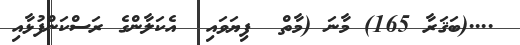
....(ބަޤަރާ 165) މާނަ (މާތް  ފިޔަވައި  އެކަލާންގެ ރަސްކަންފުޅާއި